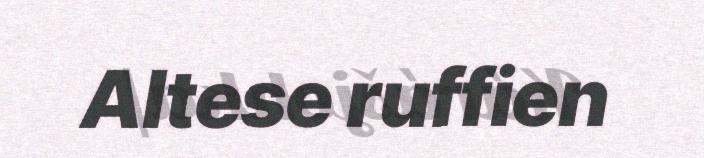
Altese ruffien